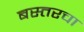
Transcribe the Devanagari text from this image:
बस्तरचा